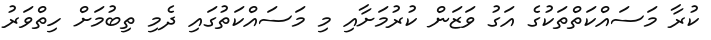
ކުރާ މަސައްކަތްތަކުގެ އަގު ވަޒަން ކުރުމަށާއި މި މަސައްކަތުގައި ދެމި ތިބުމަށް ހިތްވަރު